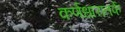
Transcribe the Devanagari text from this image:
कर्णधारातर्फे